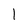
Character: 1